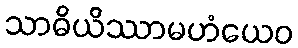
သာဓိယိဿာမဟံယေဝ